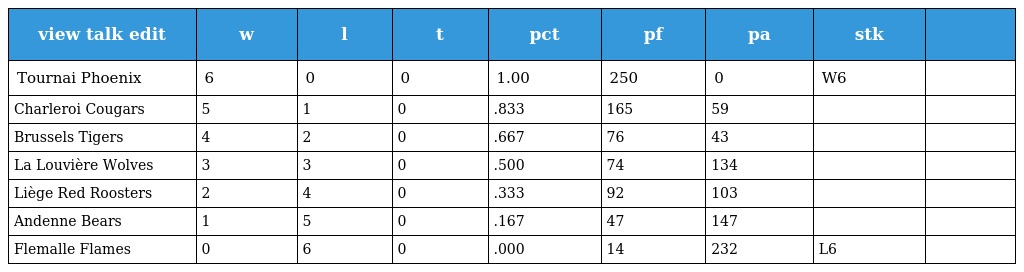
| view talk edit | w | l | t | pct | pf | pa | stk |  |
 | --- | --- | --- | --- | --- | --- | --- | --- | --- |
 | Tournai Phoenix | 6 | 0 | 0 | 1.00 | 250 | 0 | W6 |  |
 | Charleroi Cougars | 5 | 1 | 0 | .833 | 165 | 59 |  |  |
 | Brussels Tigers | 4 | 2 | 0 | .667 | 76 | 43 |  |  |
 | La Louvière Wolves | 3 | 3 | 0 | .500 | 74 | 134 |  |  |
 | Liège Red Roosters | 2 | 4 | 0 | .333 | 92 | 103 |  |  |
 | Andenne Bears | 1 | 5 | 0 | .167 | 47 | 147 |  |  |
 | Flemalle Flames | 0 | 6 | 0 | .000 | 14 | 232 | L6 |  |